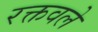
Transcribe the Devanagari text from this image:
रक्तवले